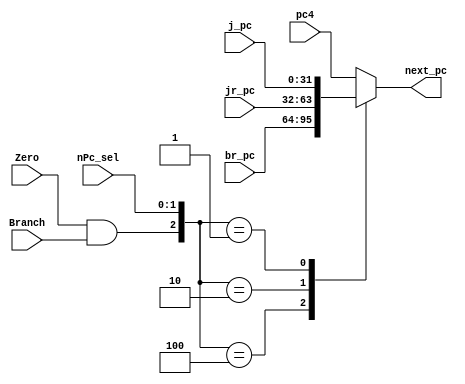
`timescale 1ns / 1ps

module PCMux(nPc_sel, Zero, Branch, pc4, br_pc, jr_pc, j_pc, next_pc);
	
	input [1:0] nPc_sel;
	input Zero, Branch;
	input [31:0] pc4, br_pc, jr_pc, j_pc;

	output reg[31:0] next_pc;
	
	wire [2:0] pcsel;
	assign pcsel = {Zero&Branch, nPc_sel};

	always @(*) begin
		case (pcsel)
			3'b000 : next_pc = pc4;
			3'b100 : next_pc = br_pc;
			3'b010 : next_pc = jr_pc;
			3'b001 : next_pc = j_pc;
			default : next_pc = pc4;
		endcase
	end

endmodule


module WrRegAddrMux(RegDst, rt, rd, A3);

	input [1:0] RegDst;
	input [4:0] rt, rd;

	output reg[4:0] A3;

	always @(*) begin
		case (RegDst)
			2'b00 : A3 = rt;
			2'b01 : A3 = rd;
			2'b10 : A3 = 5'b11111;
			default : A3 = rt;
		endcase
	end

endmodule


module WrRegDataMux(MemtoReg, ALUResult, RD, Imm32_hbit, pc4, WD);
	
	input [1:0] MemtoReg;
	input [31:0] ALUResult, RD, Imm32_hbit, pc4;

	output reg[31:0] WD;

	always @(*) begin
		case (MemtoReg)
			2'b00 : WD = ALUResult;
			2'b01 : WD = RD;
			2'b10 : WD = Imm32_hbit;
			2'b11 : WD = pc4;
			default : WD = 32'h0000_0000;	
		endcase
	end

endmodule

module ALUsrc_AMux(ALUsrcA, RD1, RD2, A);
	
	input ALUsrcA;
	input [31:0] RD1, RD2;
	
	output [31:0] A;
	
	assign A = ALUsrcA ? RD2 : RD1;

endmodule

module ALUsrc_BMux(ALUsrcB, RD2, Imm32_lbit, B);

	input ALUsrcB;
	input [31:0] RD2, Imm32_lbit;

	output [31:0] B;

	assign B = ALUsrcB ? Imm32_lbit : RD2;
	
endmodule